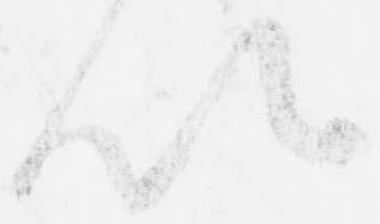
以